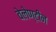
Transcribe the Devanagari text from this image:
वेलेण्टीन